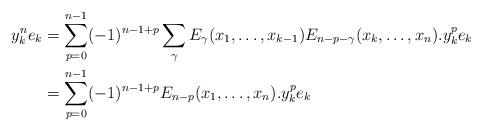
LaTeX: \begin{align*}y_k^n e_k &= \sum_{p=0}^{n-1} (-1)^{n-1+p} \sum_{\gamma} E_{\gamma}(x_1, \ldots, x_{k-1}) E_{n-p-\gamma}(x_k, \ldots, x_n) . y_k^p e_k \\&= \sum_{p=0}^{n-1} (-1)^{n-1+p} E_{n-p}(x_1, \ldots, x_n). y_k^p e_k\end{align*}